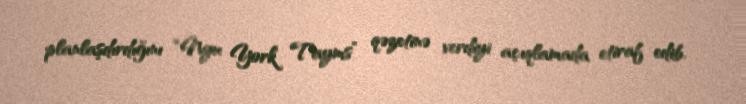
planlaşdırdığını “Nyu York Tayms” qəzetinə verdiyi açıqlamada etiraf edib.